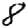
Digit: 8